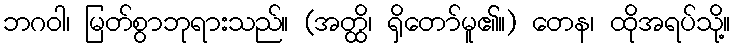
ဘဂဝါ၊ မြတ်စွာဘုရားသည်။ (အတ္ထိ၊ ရှိတော်မူ၏။) တေန၊ ထိုအရပ်သို့။